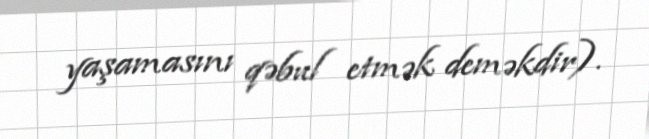
yaşamasını qəbul etmək deməkdir).